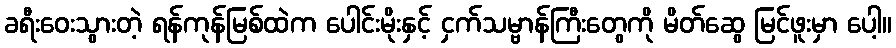
ခရီးဝေးသွားတဲ့ ရန်ကုန်မြစ်ထဲက ပေါင်းမိုးနှင့် ငှက်သမ္ဗာန်ကြီးတွေကို မိတ်ဆွေ မြင်ဖူးမှာ ပေါ့။